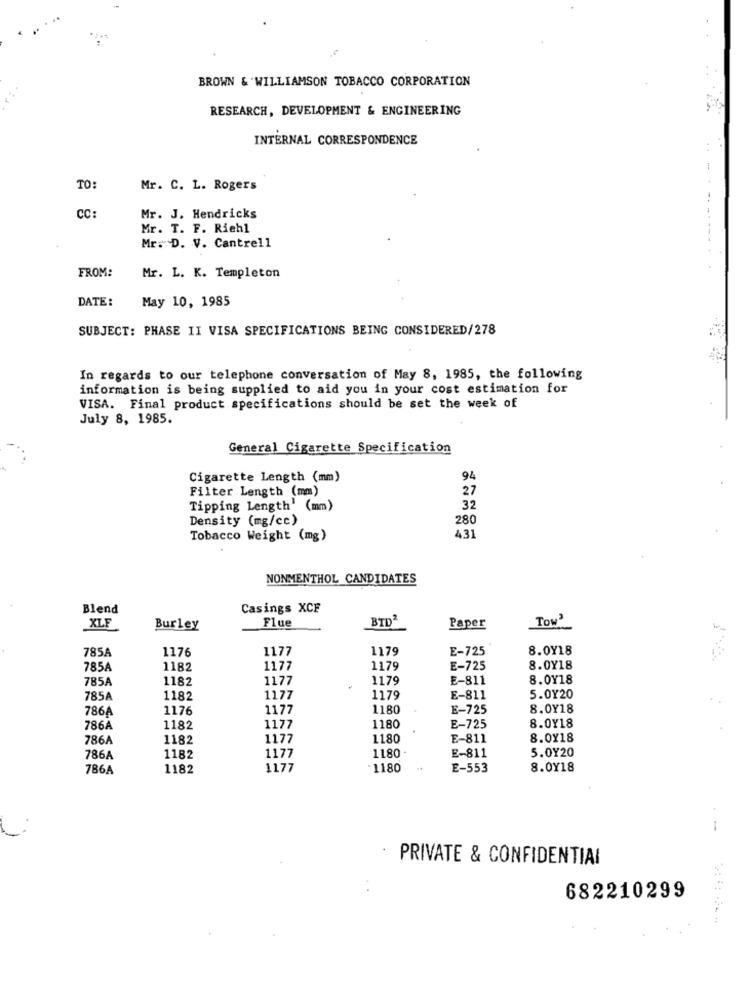
BROWN & WILLIAMSON TOBACCO CORPORATION
RESEARCH, DEVELOPMENT & ENGINEERING
INTERNAL CORRESPONDENCE
TO:
Mr. C. L. Rogers
CC:
Mr. J. Hendricks
Mr. T. F. Riehl
Mr. D. V. Cantrell
FROM:
Mr. L. K. Templeton
DATE:
May 10, 1985
SUBJECT: PHASE II VISA SPECIFICATIONS BEING CONSIDERED/278
In regards to our telephone conversation of May 8, 1985, the following
information is being supplied to aid you in your cost estimation for
VISA. Final product specifications should be set the week of
July 8, 1985.
General Cigarette Specification
Cigarette Length (mm)
94
Filter Length (mm)
27
Tipping Length' (mm)
32
Density (mg/cc)
28
Tobacco Weight (mg)
431
NONMENTHOL CANDIDATES
Blend
Casings XCF
XLF
Flue
BID'
TOw
Burley
Paper
1177
1179
E-725
8.0Y18
785A
1176
785A
1182
1177
1179
E-725
8.0Y18
785A
1182
1177
1179
E-811
8.0Y18
785A
1182
1177
1179
E-811
5.0Y20
786A
1176
1177
1180
E-725
8.0¥18
8.0Y18
786A
1182
1177
1180
E-725
786A
1182
1177
1180
E-811
8.0Y18
5.0Y20
786A
1182
1177
1180
E-811
786A
1182
1177
1180
E-553
8.0Y18
--
PRIVATE & CONFIDENTIAL
682210299